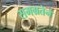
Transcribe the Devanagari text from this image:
समग्रतेनं